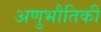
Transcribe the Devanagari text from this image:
अणुभौतिकी